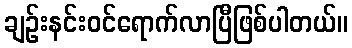
ချဉ်းနင်းဝင်ရောက်လာပြီဖြစ်ပါတယ်။